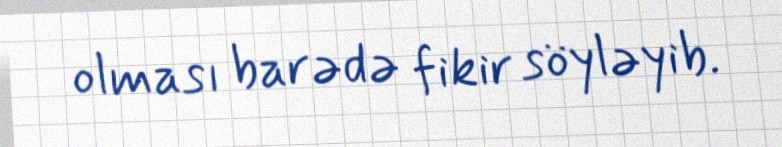
olması barədə fikir söyləyib.